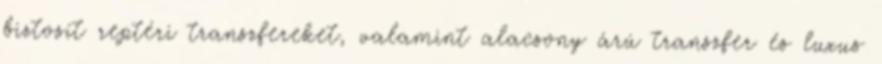
biztosít reptéri transzfereket, valamint alacsony árú transzfer és luxus